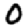
Digit: 0